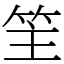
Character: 䇠